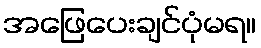
အဖြေပေးချင်ပုံမရ။